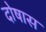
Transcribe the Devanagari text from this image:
दोषास